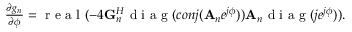
\begin{array} { r } { { \frac { \partial g _ { n } } { \partial \phi } } = \mathrm { ~ r ~ e ~ a ~ l ~ } ( - 4 { \bf G } _ { n } ^ { H } \mathrm { ~ d ~ i ~ a ~ g ~ } ( c o n j ( { { \bf A } _ { n } } e ^ { j \phi } ) ) { { \bf A } _ { n } } \mathrm { ~ d ~ i ~ a ~ g ~ } ( j e ^ { j \phi } ) ) . } \end{array}